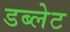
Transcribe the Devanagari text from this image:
डब्लेट